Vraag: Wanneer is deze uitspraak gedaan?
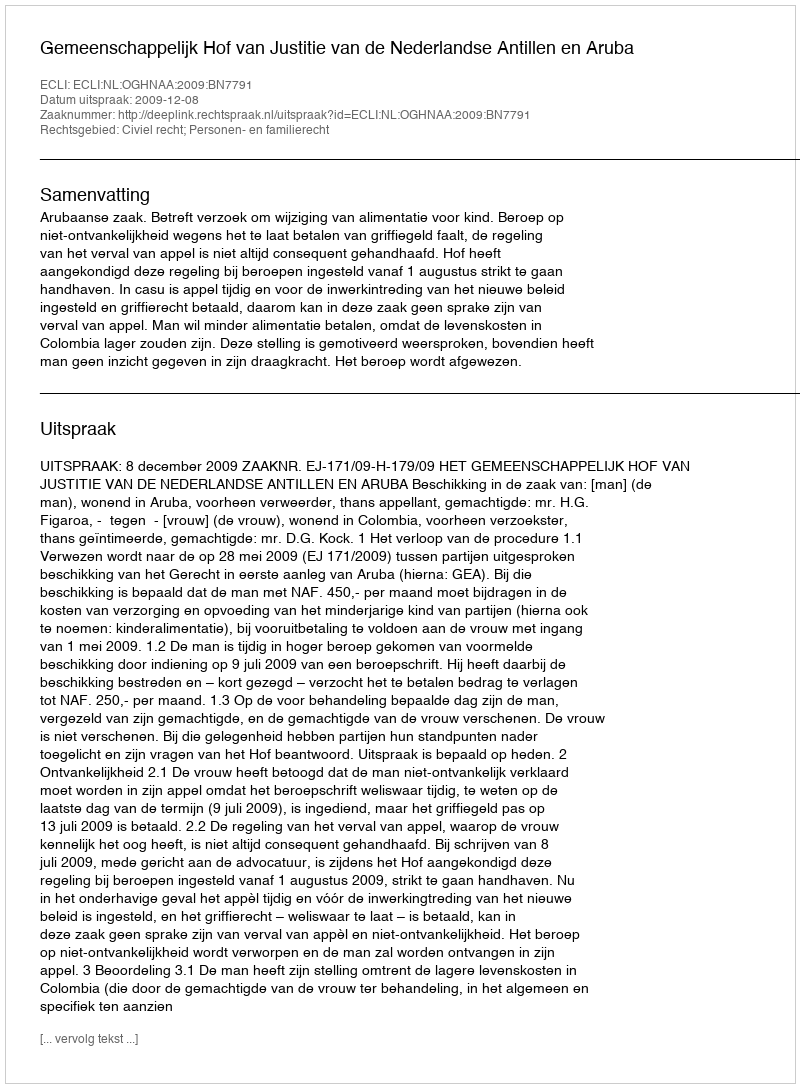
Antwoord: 2009-12-08